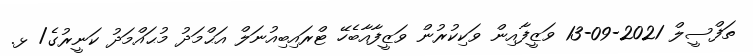
ތަފްސީލް 2021-09-13 ވަޒީފާއިން ވަކިކުރުން ވަޒީފާއާބެހޭ ޓްރައިބިއުނަލް އަޙްމަދު މުޙައްމަދު ކަނީރުގެ/ ޅ.